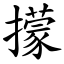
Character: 㩚